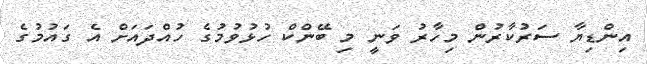
އިންޑިޔާ ސަރުކާރުން މިހާރު ވަނީ މި ބޭންކް ހުޅުވުމުގެ ހުއްދައަށް އެ ގައުމުގެ